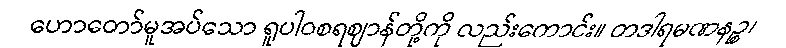
ဟောတော်မူအပ်သော ရူပါဝစရဈာန်တို့ကို လည်းကောင်း။ တဒါရမဏနဉ္စ၊